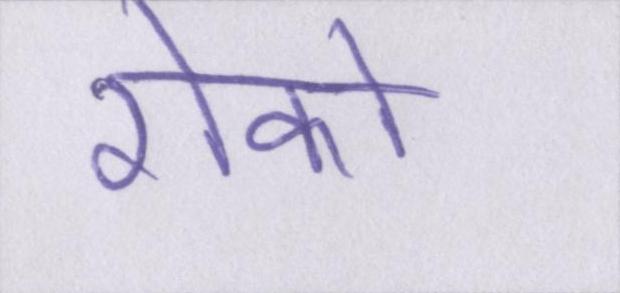
रोको